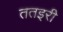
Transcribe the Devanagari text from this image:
ततइरी